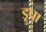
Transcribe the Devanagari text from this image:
ड्रुपा